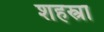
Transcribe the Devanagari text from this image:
शहस्त्रा